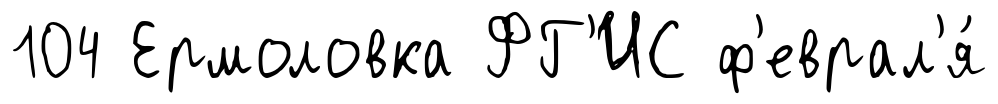
104 Ермоловка ФГ'ИС ф'еврал'я́